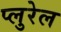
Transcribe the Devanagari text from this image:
प्लुरेल